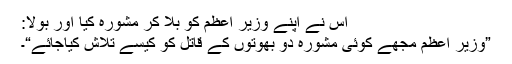
اس نے اپنے وزیر اعظم کو بلا کر مشورہ کیا اور بولا:
”وزیر اعظم مجھے کوئی مشورہ دو بھوتوں کے قاتل کو کیسے تلاش کیاجائے“۔